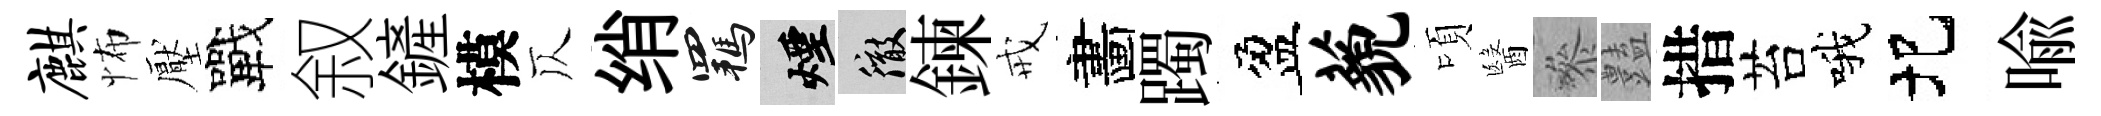
麒怖壓戰叙鏟模仄绡羈煙徹鍊戒畵躅盈藐頃醫叅𧰟措苔哦圯喻